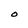
Character: O